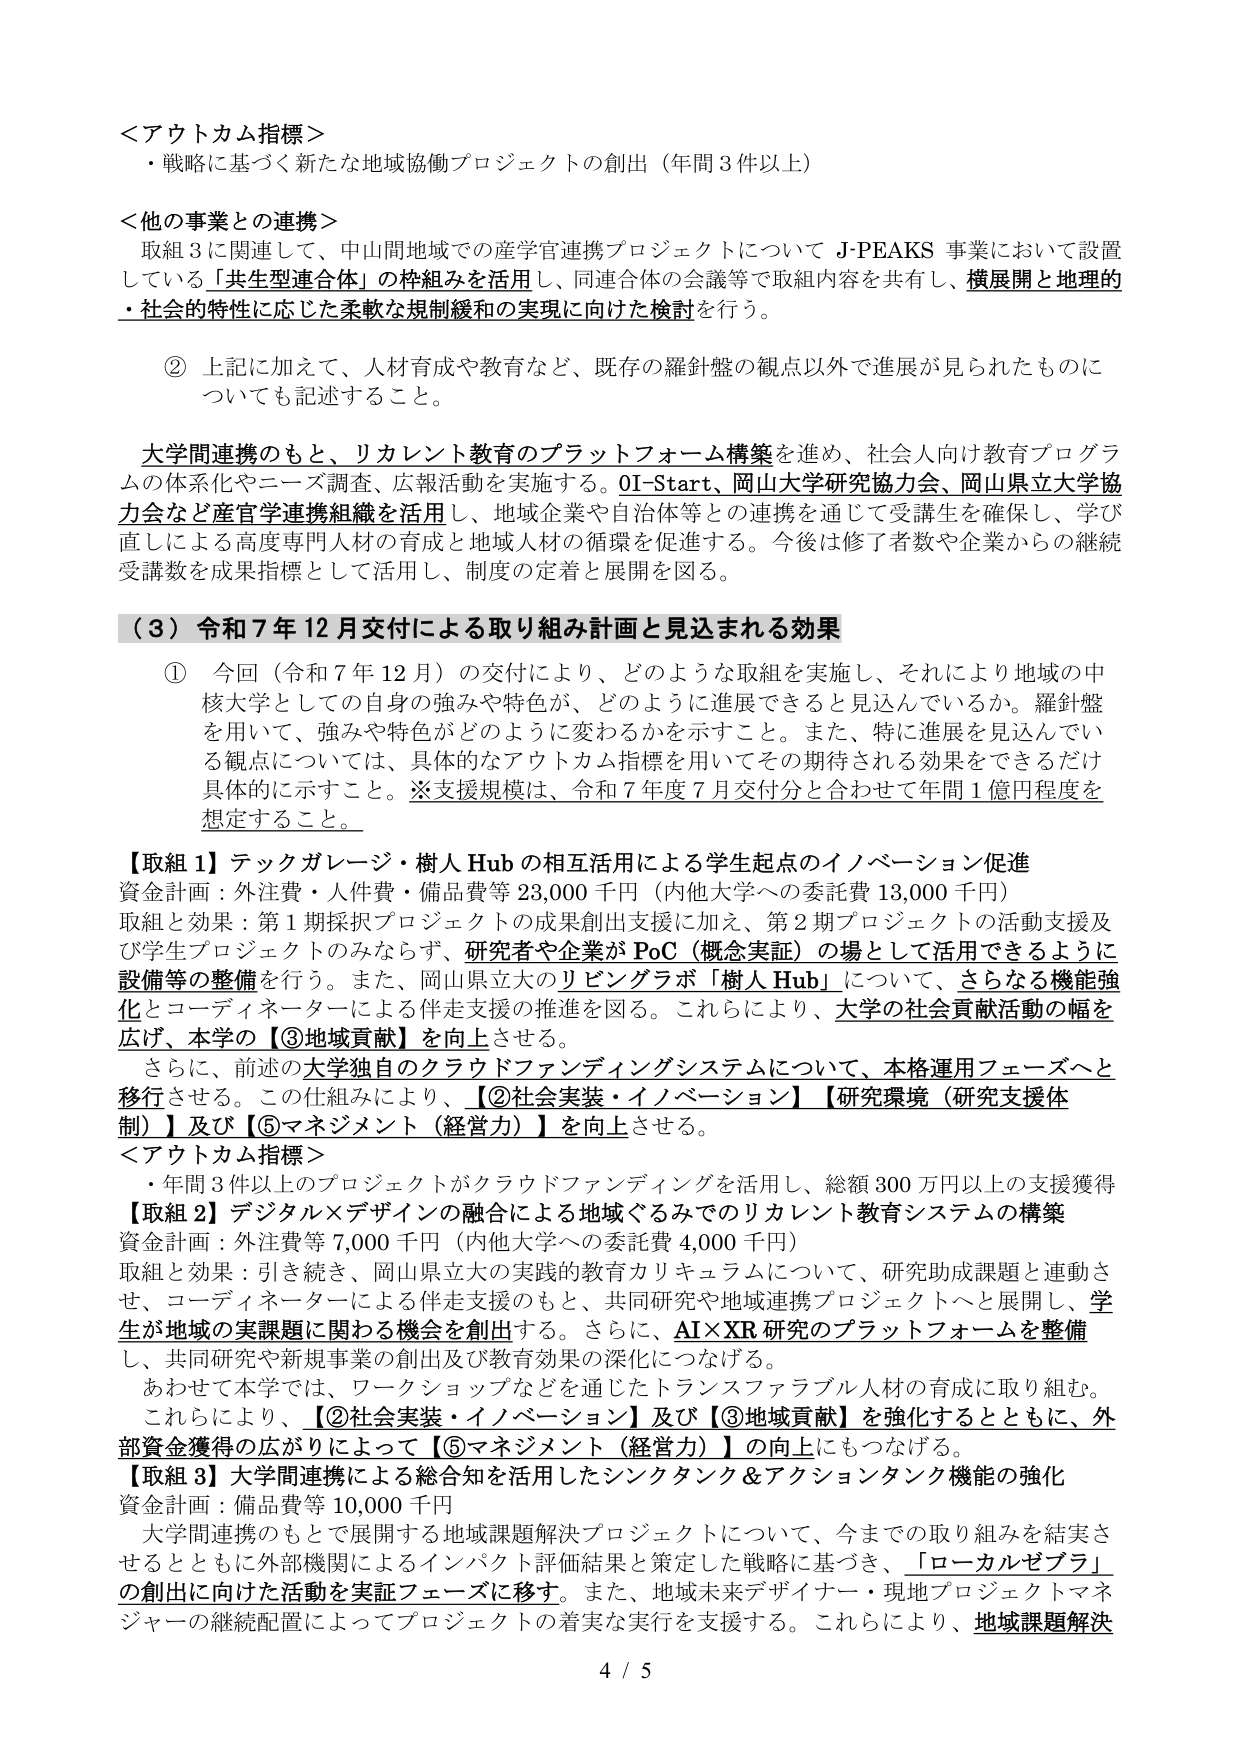
＜アウトカム指標＞
・戦略に基づく新たな地域協働プロジェクトの創出（年間3件以上）

＜他の事業との連携＞
取組3に関連して、中山間地域での産学官連携プロジェクトについて J-PEAKS 事業において設置している「共生型連合体」の枠組みを活用し、同連合体の会議等で取組内容を共有し、横展開と地理的・社会的特性に応じた柔軟な規制緩和の実現に向けた検討を行う。

② 上記に加えて、人材育成や教育など、既存の羅針盤の観点以外で進展が見られたものについても記述すること。

大学間連携のもと、リカレント教育のプラットフォーム構築を進め、社会人向け教育プログラムの体系化やニーズ調査、広報活動を実施する。OI-Start、岡山大学研究協力会、岡山県立大学協力会など産官学連携組織を活用し、地域企業や自治体等との連携を通じて受講生を確保し、学び直しによる高度専門人材の育成と地域人材の循環を促進する。今後は修了者数や企業からの継続受講数を成果指標として活用し、制度の定着と展開を図る。

（3）令和7年12月交付による取り組み計画と見込まれる効果

① 今回（令和7年12月）の交付により、どのような取組を実施し、それにより地域の中核大学としての自身の強みや特色が、どのように進展できると見込んでいるか。羅針盤を用いて、強みや特色がどのように変わるかを示すこと。また、特に進展を見込んでいる観点については、具体的なアウトカム指標を用いてその期待される効果をできるだけ具体的に示すこと。※支援規模は、令和7年度7月交付分と合わせて年間1億円程度を想定すること。

【取組1】テックガレージ・樹人Hubの相互活用による学生起点のイノベーション促進
資金計画：外注費・人件費・備品費等23,000千円（内他大学への委託費13,000千円）
取組と効果：第1期採択プロジェクトの成果創出支援に加え、第2期プロジェクトの活動支援及び学生プロジェクトのみならず、研究者や企業がPoC（概念実証）の場として活用できるように設備等の整備を行う。また、岡山県立大のリビングラボ「樹人Hub」について、さらなる機能強化とコーディネーターによる伴走支援の推進を図る。これらにより、大学の社会貢献活動の幅を広げ、本学の【③地域貢献】を向上させる。
さらに、前述の大学独自のクラウドファンディングシステムについて、本格運用フェーズへと移行させる。この仕組みにより、【②社会実装・イノベーション】【研究環境（研究支援体制）】及び【⑤マネジメント（経営力）】を向上させる。

＜アウトカム指標＞
・年間3件以上のプロジェクトがクラウドファンディングを活用し、総額300万円以上の支援獲得

【取組2】デジタル×デザインの融合による地域ぐるみでのリカレント教育システムの構築
資金計画：外注費等7,000千円（内他大学への委託費4,000千円）
取組と効果：引き続き、岡山県立大の実践的教育カリキュラムについて、研究助成課題と連動させ、コーディネーターによる伴走支援のもと、共同研究や地域連携プロジェクトへと展開し、学生が地域の実課題に関わる機会を創出する。さらに、AI×XR研究のプラットフォームを整備し、共同研究や新規事業の創出及び教育効果の深化につなげる。
あわせて本学では、ワークショップなどを通じたトランスファラブル人材の育成に取り組む。
これらにより、【②社会実装・イノベーション】及び【③地域貢献】を強化するとともに、外部資金獲得の広がりによって【⑤マネジメント（経営力）】の向上にもつなげる。

【取組3】大学間連携による総合知を活用したシンクタンク＆アクションタンク機能の強化
資金計画：備品費等10,000千円
大学間連携のもとで展開する地域課題解決プロジェクトについて、今までの取り組みを結実させるとともに外部機関によるインパクト評価結果と策定した戦略に基づき、「ローカルゼブラ」の創出に向けた活動を実証フェーズに移す。また、地域未来デザイナー・現地プロジェクトマネジャーの継続配置によってプロジェクトの着実な実行を支援する。これらにより、地域課題解決

4 / 5